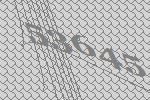
53645